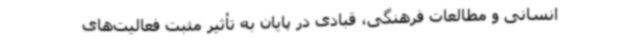
انسانی و مطالعات فرهنگی، قبادی در پایان به تأثیر مثبت فعالیت‌های